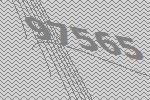
97565